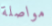
مواصلة